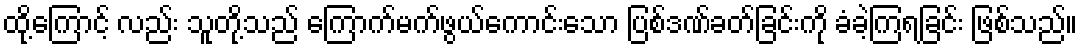
ထို့ကြောင့် လည်း သူတို့သည် ကြောက်မက်ဖွယ်ကောင်းသော ပြစ်ဒဏ်ခတ်ခြင်းကို ခံခဲ့ကြရခြင်း ဖြစ်သည်။